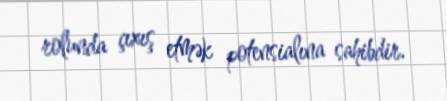
rolunda çıxış etmək potensialına sahibdir.